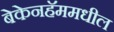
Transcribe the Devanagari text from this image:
बेकेनहॅममधील